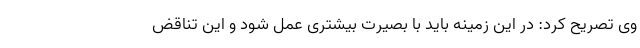
وی تصریح کرد: در این زمینه باید با بصیرت بیشترى عمل شود و این تناقض